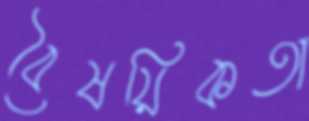
বৈষয়িকতা